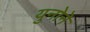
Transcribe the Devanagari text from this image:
युनोनॆ